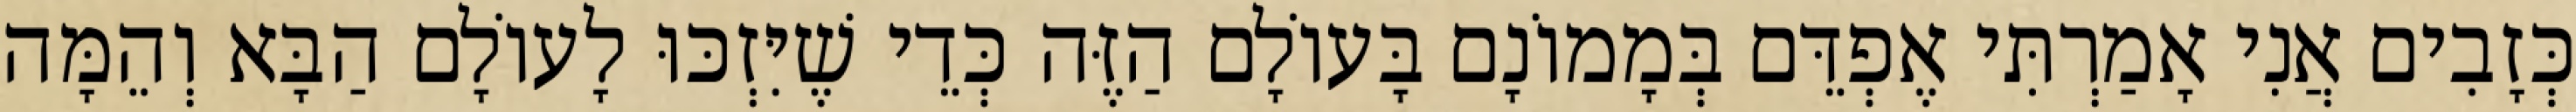
כְּזָבִים אֲנִי אָמַרְתִּי אֶפְדֵּם בְּמָמוֹנָם בָּעוֹלָם הַזֶּה כְּדֵי שֶׁיִּזְכּוּ לָעוֹלָם הַבָּא וְהֵמָּה